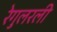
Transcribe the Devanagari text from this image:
रेगुलरली